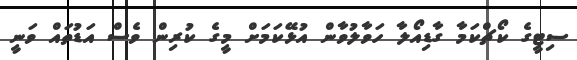
ސިޓީގެ ކޯޗްކަމާ ގާޑިއޯލާ ހަވާލުވާން އުޅޭކަމަށް މީގެ ކުރިން ވެސް އަޑުތައް ވަނީ